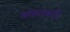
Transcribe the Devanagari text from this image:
आखाताकाठी